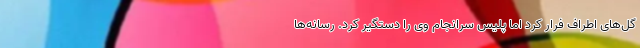
گل‌های اطراف فرار کرد اما پلیس سرانجام وی را دستگیر کرد. رسانه‌ها